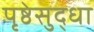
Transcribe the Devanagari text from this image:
पृष्ठेसुद्धा